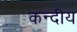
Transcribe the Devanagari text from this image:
कन्दीय